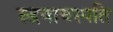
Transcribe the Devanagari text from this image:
रुद्रवाचस्पति